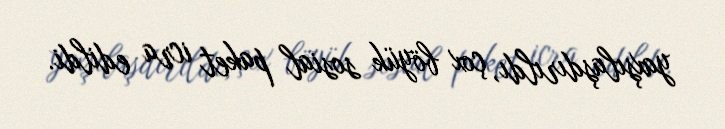
yaxşılaşdırıldı, çox böyük sosial paket icra edildi.